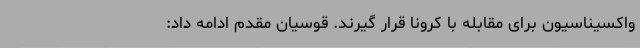
واکسیناسیون برای مقابله با کرونا قرار گیرند. قوسیان مقدم ادامه داد: